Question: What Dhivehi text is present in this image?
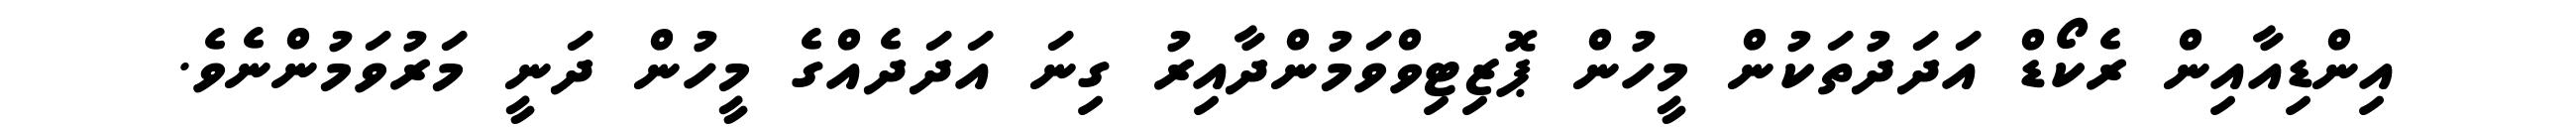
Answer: އިންޑިއާއިން ރެކޯޑް އަދަދުތަކުން މީހުން ޕޮޒިޓިވްވަމުންދާއިރު ގިނަ އަދަދެއްގެ މީހުން ދަނީ މަރުވަމުންނެވެ.